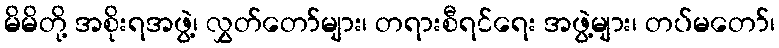
မိမိတို့ အစိုးရအဖွဲ့၊ လွှတ်တော်များ၊ တရားစီရင်ရေး အဖွဲ့များ၊ တပ်မတော်၊